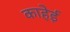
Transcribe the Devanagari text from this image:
काहेई